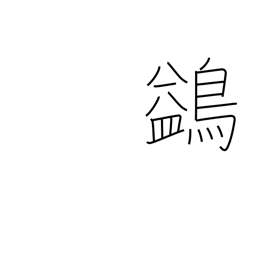
Meaning: waterfowl which flies high but not against the wind